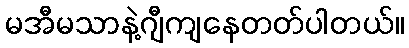
မအီမသာနဲ့ဂျီကျနေတတ်ပါတယ်။